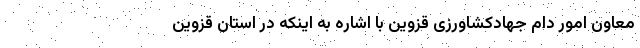
معاون امور دام جهادکشاورزی قزوین با اشاره به اینکه در استان قزوین